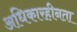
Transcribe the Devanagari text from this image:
अधिकारहीनता